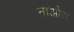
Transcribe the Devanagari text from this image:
नाओस